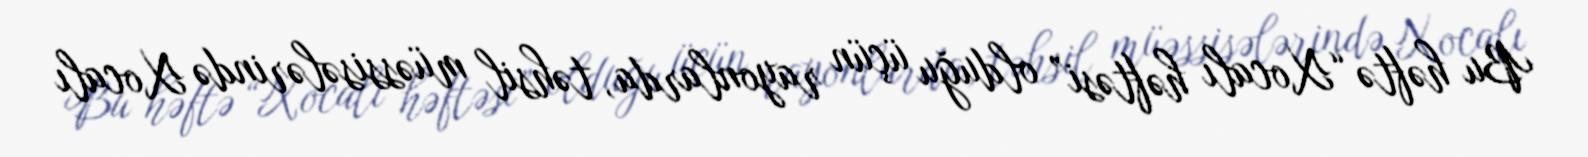
Bu həftə “Xocalı həftəsi” olduğu üçün rayonlarda, təhsil müəssisələrində Xocalı